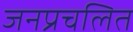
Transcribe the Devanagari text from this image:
जनप्रचलित